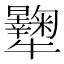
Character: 𤜔